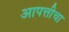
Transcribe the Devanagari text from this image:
आपत्तीचा